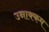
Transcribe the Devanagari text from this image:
उनाक्कम